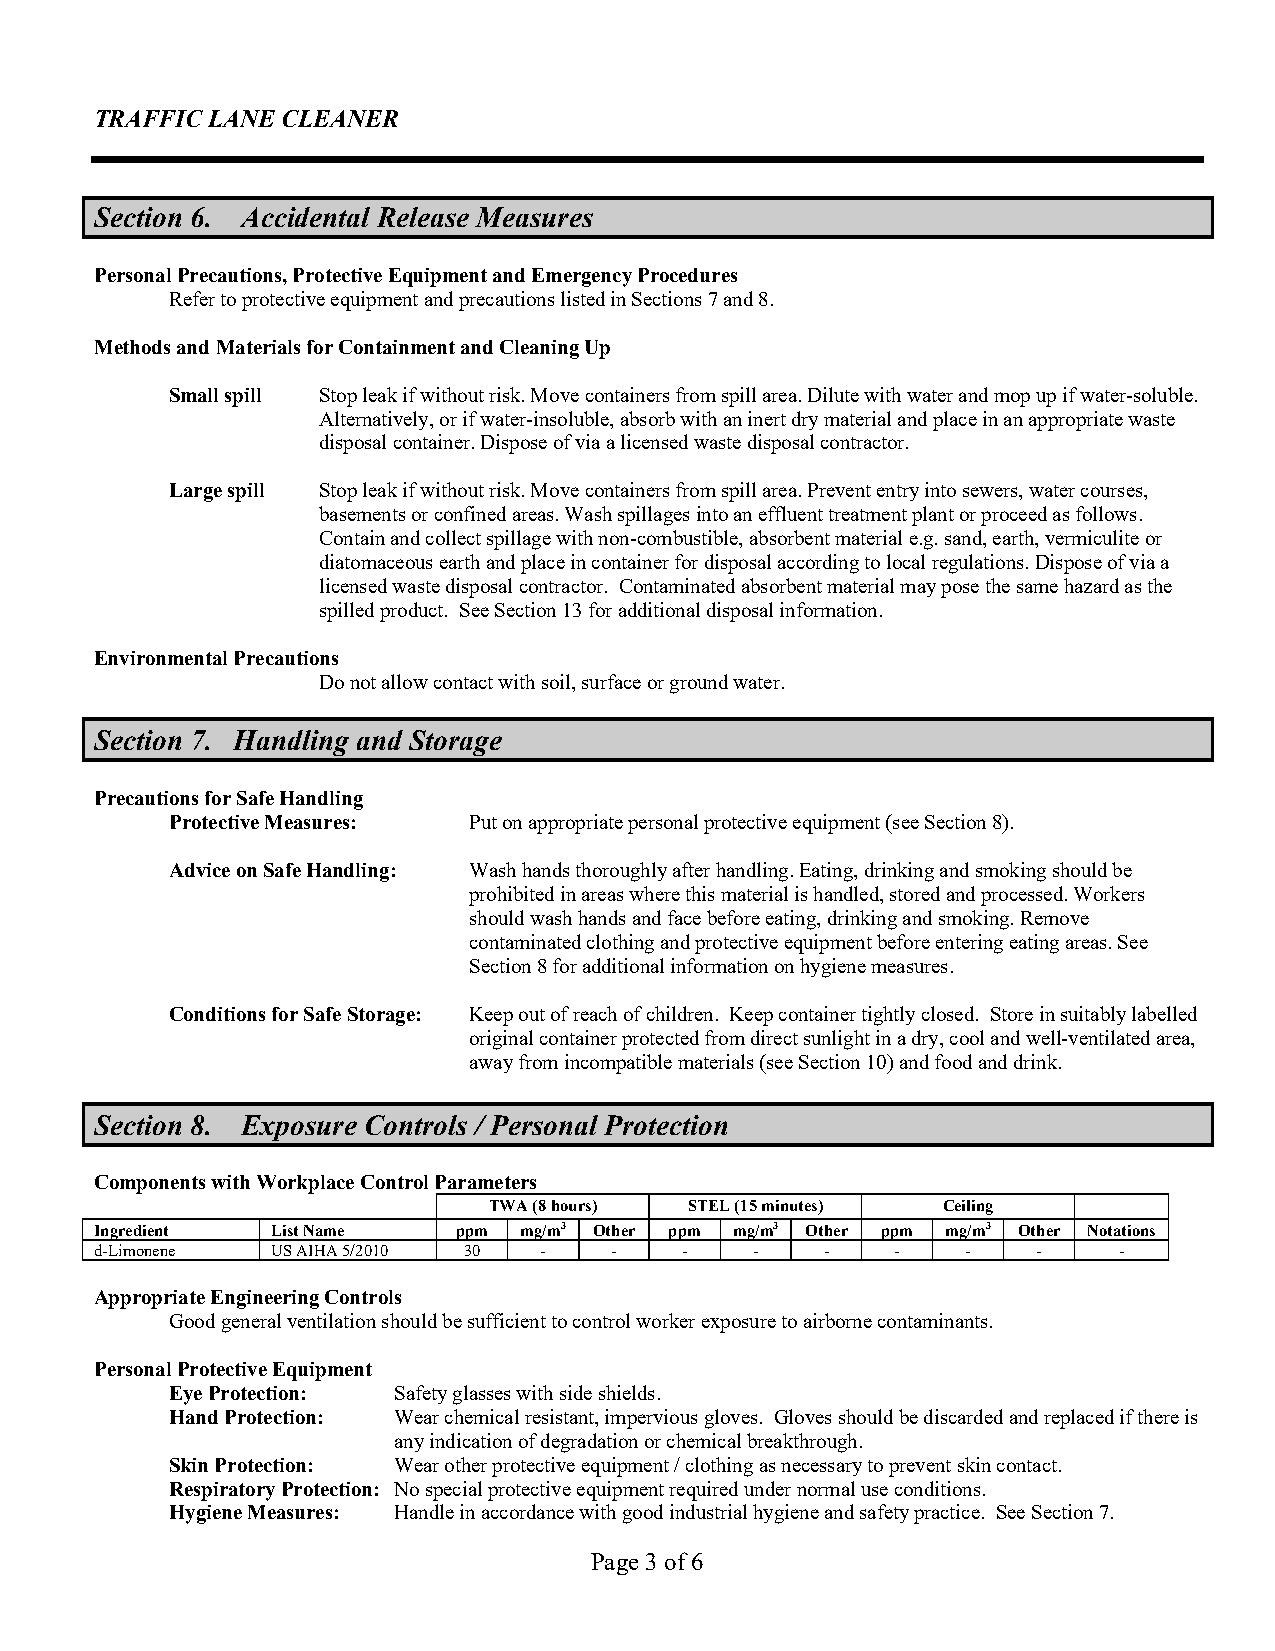
TRAFFIC LANE CLEANER
 Section 6. Accidental Release Measures
 Personal Precautions, Protective Equipment and Emergency Procedures
 Refer to protective equipment and precautions listed in Sections 7 and 8.
 Methods and Materials for Containment and Cleaning Up
 Small spill Stop leak if without risk. Move containers from spill area. Dilute with water and mop up if water-soluble.
 Alternatively, or if water-insoluble, absorb with an inert dry material and place in an appropriate waste
 disposal container. Dispose of via a licensed waste disposal contractor.
 Large spill Stop leak if without risk. Move containers from spill area. Prevent entry into sewers, water courses,
 basements or confined areas. Wash spillages into an effluent treatment plant or proceed as follows.
 Contain and collect spillage with non-combustible, absorbent material e.g. sand, earth, vermiculite or
 diatomaceous earth and place in container for disposal according to local regulations. Dispose of via a
 licensed waste disposal contractor. Contaminated absorbent material may pose the same hazard as the
 spilled product. See Section 13 for additional disposal information.
 Environmental Precautions
 Do not allow contact with soil, surface or ground water.
 Section 7. Handling and Storage
 Precautions for Safe Handling
 Protective Measures: Put on appropriate personal protective equipment (see Section 8).
 Advice on Safe Handling: Wash hands thoroughly after handling. Eating, drinking and smoking should be
 prohibited in areas where this material is handled, stored and processed. Workers
 should wash hands and face before eating, drinking and smoking. Remove
 contaminated clothing and protective equipment before entering eating areas. See
 Section 8 for additional information on hygiene measures.
 Conditions for Safe Storage: Keep out of reach of children. Keep container tightly closed. Store in suitably labelled
 original container protected from direct sunlight in a dry, cool and well-ventilated area,
 away from incompatible materials (see Section 10) and food and drink.
 Section 8. Exposure Controls / Personal Protection
 Components with Workplace Control Parameters
 TWA (8 hours) STEL (15 minutes) Ceiling
 Ingredient  List Name   ppm mg/m3 Other ppm mg/m3 Other ppm mg/m3 Other Notations
 d-Limonene  US AIHA 5/2010 30 -   -    -    -    -   -    -    -    -
 Appropriate Engineering Controls
 Good general ventilation should be sufficient to control worker exposure to airborne contaminants.
 Personal Protective Equipment
 Eye Protection: Safety glasses with side shields.
 Hand Protection: Wear chemical resistant, impervious gloves. Gloves should be discarded and replaced if there is
 any indication of degradation or chemical breakthrough.
 Skin Protection: Wear other protective equipment / clothing as necessary to prevent skin contact.
 Respiratory Protection: No special protective equipment required under normal use conditions.
 Hygiene Measures: Handle in accordance with good industrial hygiene and safety practice. See Section 7.
 Page 3 of 6